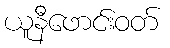
ယူနီဖောင်းဝတ်